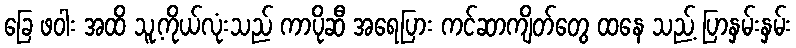
ခြေ ဖဝါး အထိ သူ့ကိုယ်လုံးသည် ကာပိုဆီ အရေပြား ကင်ဆာကျိတ်တွေ ထနေ သည့် ပြာနှမ်းနှမ်း